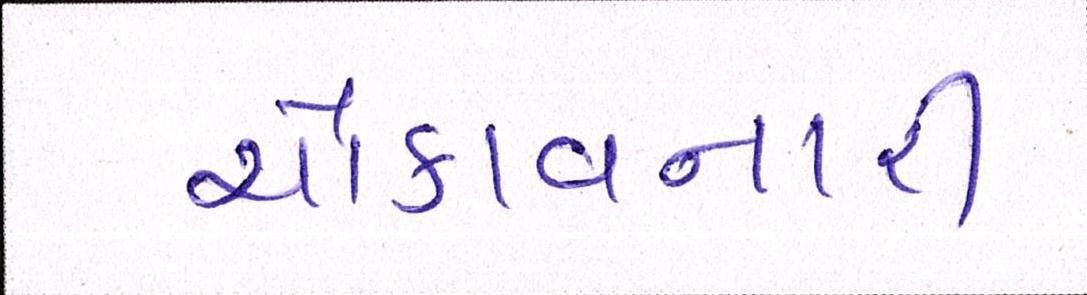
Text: ચોંકાવનારી